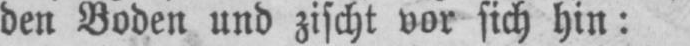
den Boden und zischt vor sich hin: